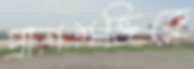
প্রাণশক্তিকে